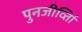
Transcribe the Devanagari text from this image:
पुनजीर्व्ताि